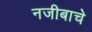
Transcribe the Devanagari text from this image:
नजीबाचे